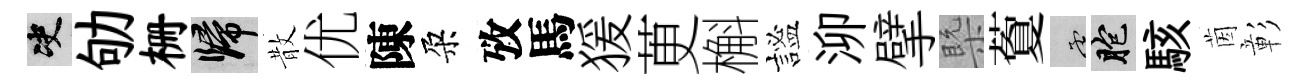
决劬栅歸散优陳朶攷馬猨茰槲謐泖擘槩藑孟胞駭茵彰